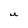
Character: U